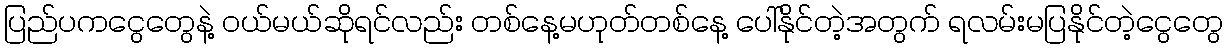
ပြည်ပကငွေတွေနဲ့ ဝယ်မယ်ဆိုရင်လည်း တစ်နေ့မဟုတ်တစ်နေ့ ပေါ်နိုင်တဲ့အတွက် ရလမ်းမပြနိုင်တဲ့ငွေတွေ